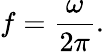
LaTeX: f={\frac{\omega}{2\pi}}.